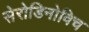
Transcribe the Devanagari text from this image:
सेरोडिनोविच